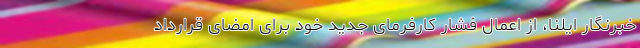
خبرنگار ایلنا، از اعمال فشار کارفرمای جدید خود برای امضای قرارداد